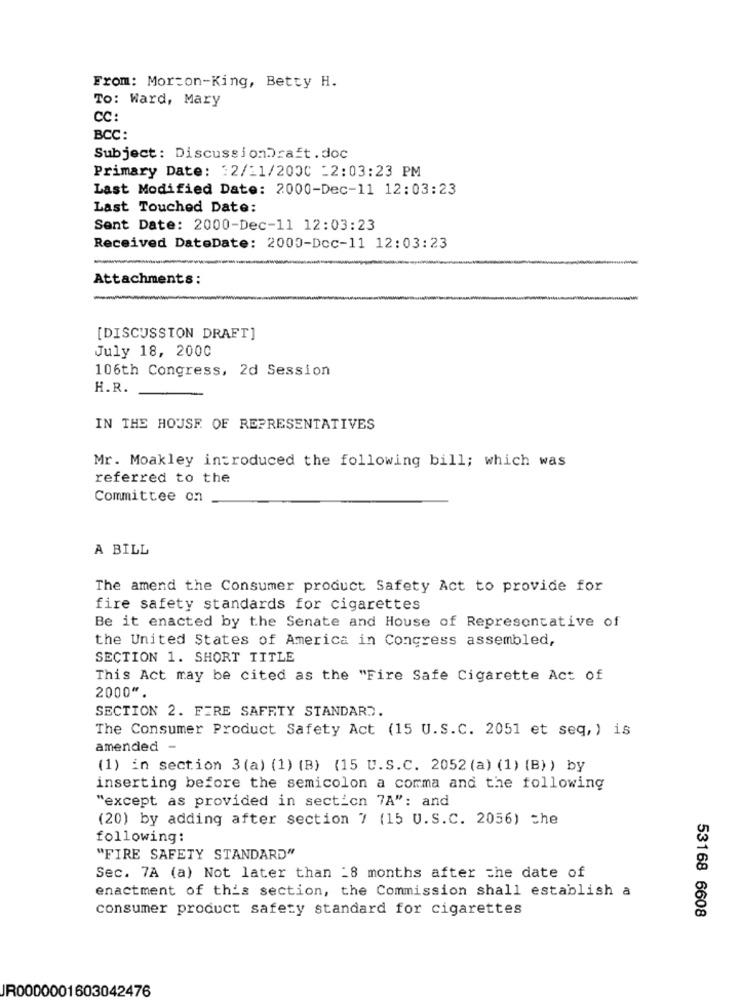
From: Morton-King, Betty H.
To: Ward, Mary
CC:
BCC:
Subject: DiscussionDraft. doc
Primary Date: 12/11/2000 -2:03:23 PM
Last Modified Date: 2000-Dec-11 12:03:23
Last Touched Date:
Sent Date: 2000-Dec-11 12:03:23
Received DateDate: 2000-Dcc-11 12:03:23
Attachments:
[DISCUSSION DRAFT]
July 18, 2000
106th Congress, 2d Session
H.R.
IN THE HOUSE OF REPRESENTATIVES
Mr. Moakley introduced the following bill; which was
referred to the
Committee on
A BILL
The amend the Consumer product Safety Act to provide for
fire safety standards for cigarettes
Be it enacted by the Senate and House of Representative of
the United States of America in Congress assembled,
SECTION 1. SHORT TITLE
This Act may be cited as the "Fire Safe Cigarette Act of
2000".
SECTION 2. FIRE SAFETY STANDARD.
The Consumer Product Safety Act (15 U.S.C. 2051 et seq,) is
amended -
(1) in section 3(a) (1) (B) (15 U.S.C. 2052 (a) (1) (B)) by
inserting before the semicolon a comma and the following
"except as provided in section 7A": and
(20) by adding after section 7 (15 U.S.C. 2056) the
following:
"FIRE SAFETY STANDARD"
Sec. 7A (a) Not later than -8 months after the date of
enactment of this section, the Commission shall establish a
consumer product safety standard for cigarettes
53168 6608
JR0000001603042476